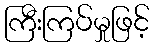
ကြီးကြပ်မှုဖြင့်